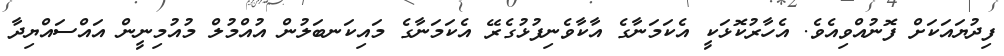
ފިދުޔައަކަށް ފޮނުއްވިއެވެ. އެހާރުކޮޅަކީ އެކަމަނާގެ އާކާވެނިފުޅުގެރޭ އެކަމަނާގެ މައިކަނބަލުން އުއްމުލް މުއުމިނީން އައްސައްޔިދާ